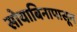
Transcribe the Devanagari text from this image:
सोयाबिनापासून